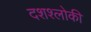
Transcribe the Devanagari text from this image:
दशश्लोकी